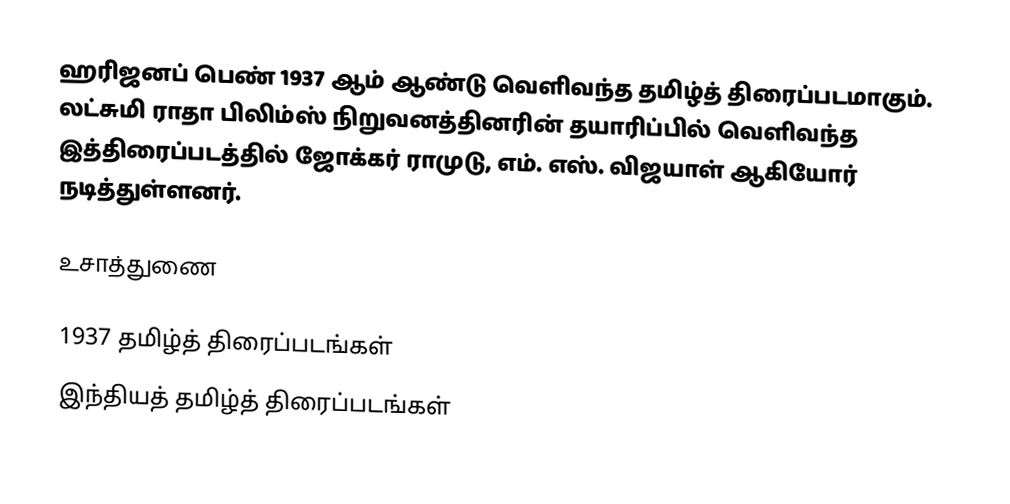
ஹரிஜனப் பெண் 1937 ஆம் ஆண்டு வெளிவந்த தமிழ்த் திரைப்படமாகும். லட்சுமி ராதா பிலிம்ஸ் நிறுவனத்தினரின் தயாரிப்பில் வெளிவந்த இத்திரைப்படத்தில் ஜோக்கர் ராமுடு, எம். எஸ். விஜயாள் ஆகியோர் நடித்துள்ளனர்.

உசாத்துணை

1937 தமிழ்த் திரைப்படங்கள்
இந்தியத் தமிழ்த் திரைப்படங்கள்